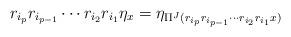
LaTeX: \begin{align*} r_{i_{p}}r_{i_{p-1}} \cdots r_{i_{2}}r_{i_{1}}\eta_{x} =\eta_{\Pi^{J}(r_{i_{p}}r_{i_{p-1}} \cdots r_{i_{2}}r_{i_{1}}x)}\end{align*}